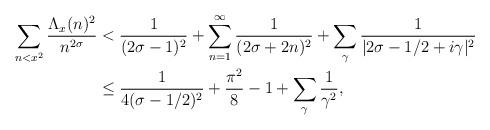
LaTeX: \begin{align*} \sum_{n<x^2} \frac{\Lambda_x(n)^2}{n^{2\sigma}} &< \frac{1}{(2\sigma-1)^2} + \sum_{n=1}^\infty \frac{1}{(2\sigma+2n)^2} + \sum_\gamma \frac{1}{|2\sigma-1/2+i\gamma|^2} \\ &\leq \frac{1}{4(\sigma-1/2)^2} + \frac{\pi^2}{8} - 1 + \sum_\gamma \frac{1}{\gamma^2},\end{align*}